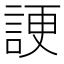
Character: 𧨒